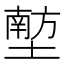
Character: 𪤟